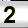
Digit: 2